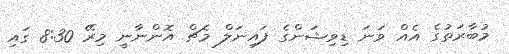
މުބާރަތުގެ އެއް ވަނަ ޑިވިޝަންގެ ފައިނަލް މެޗް އޮންނާނީ މިރޭ 8:30 ގައި